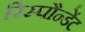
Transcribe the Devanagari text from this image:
रिस्पौन्डेंट